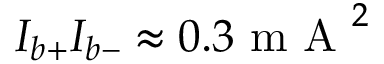
I _ { b + } I _ { b - } \approx 0 . 3 \mathrm { ~ m ~ A ~ } ^ { 2 }